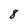
Character: 8